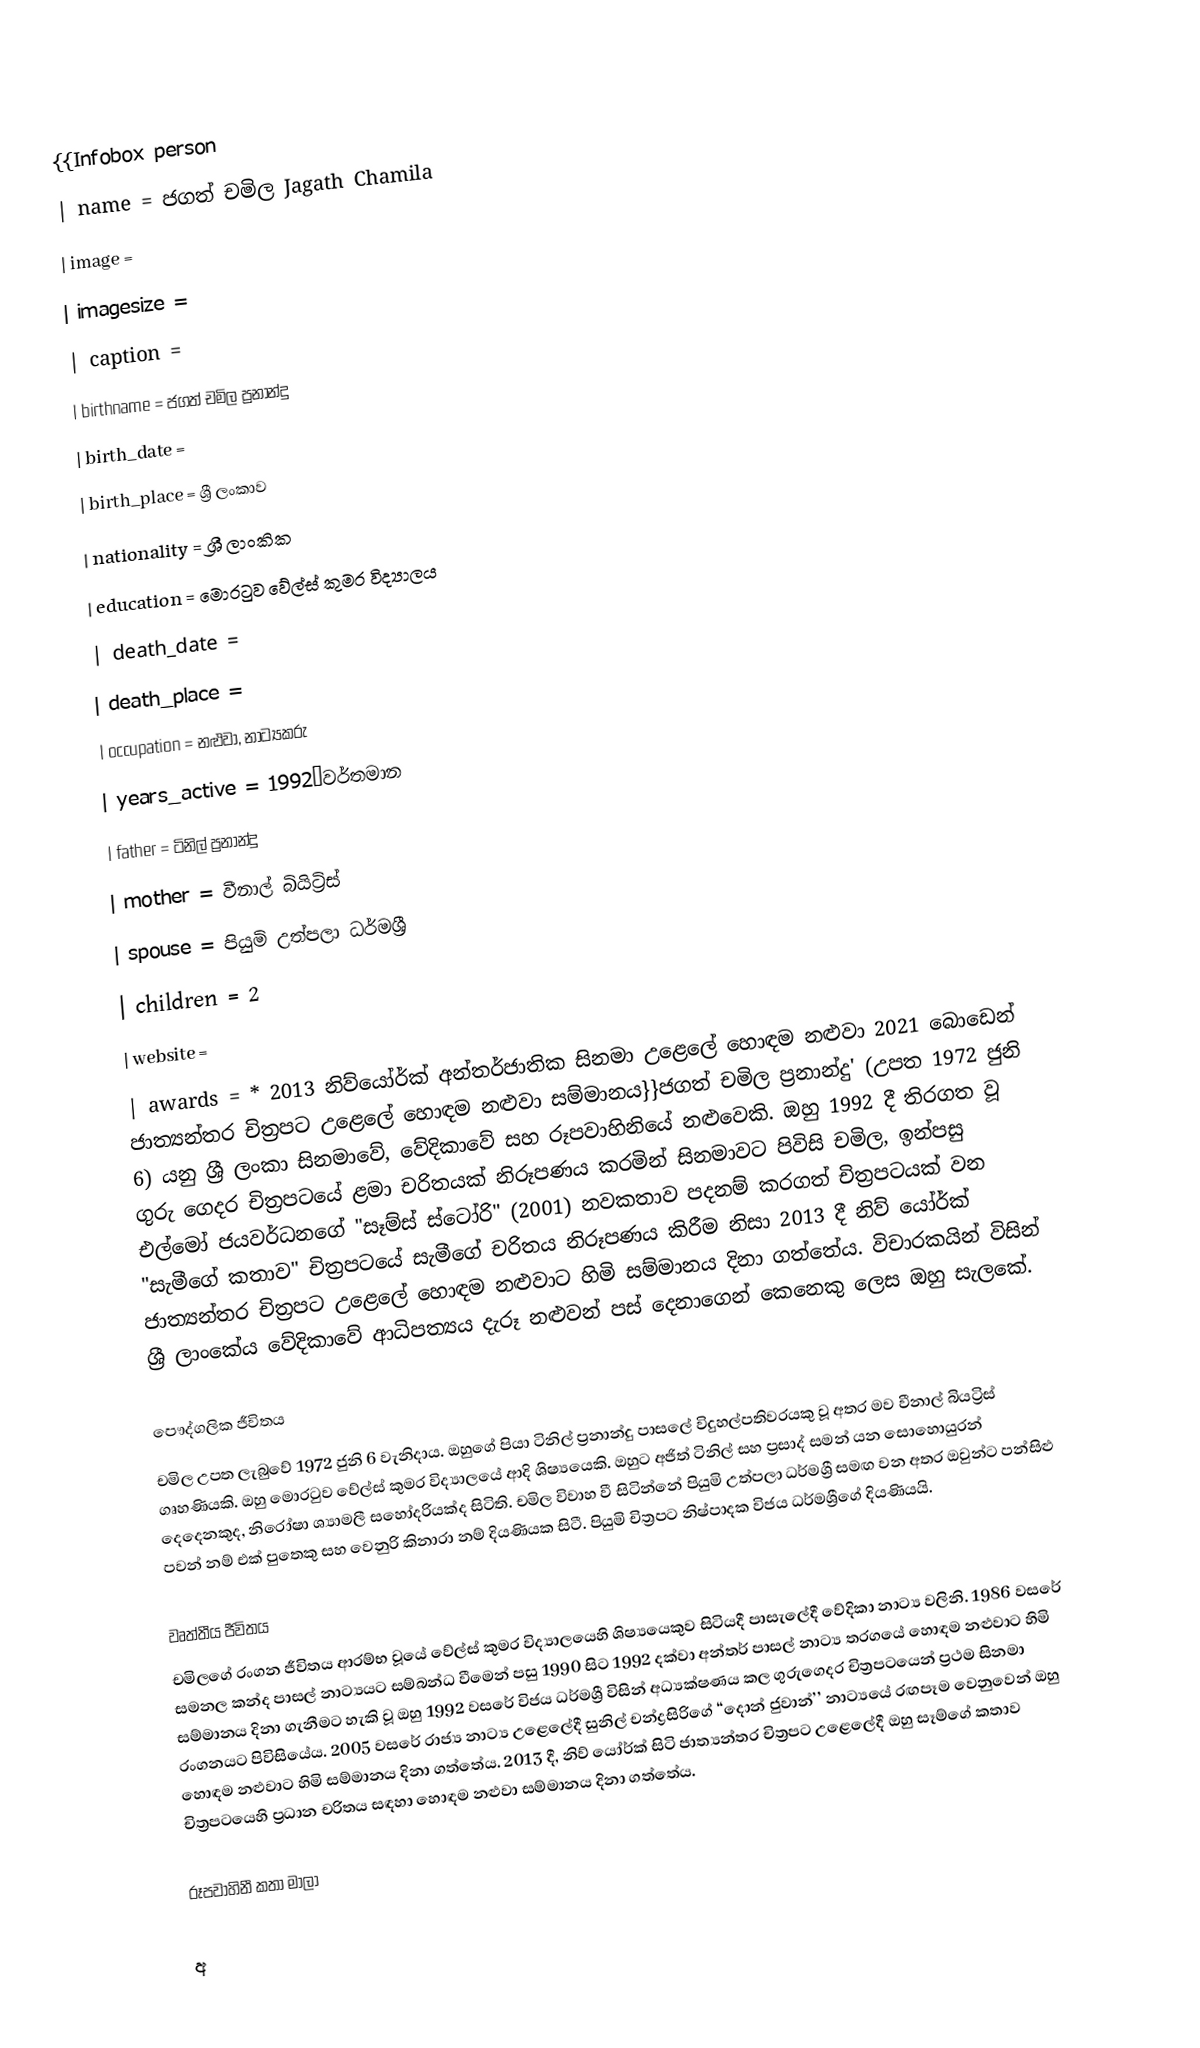
{{Infobox person
| name               = ජගත් චමිල  Jagath Chamila
| image              =
| imagesize          =
| caption            =
| birthname          = ජගත් චමිල ප්‍රනාන්දු
| birth_date         =
| birth_place        = ශ්‍රී ලංකාව
| nationality        = ශ්‍රී ලාංකික
| education          = මොරටුව වේල්ස් කුමර විද්‍යාලය
| death_date         =
| death_place        =
| occupation         = නළුවා, නාට්‍යකරු
| years_active       = 1992–වර්තමාන
| father             = ටිනිල් ප්‍රනාන්දු
| mother             = වීනාල් බියිට්‍රිස්
| spouse             = පියුමි උත්පලා ධර්මශ්‍රී
| children           = 2
| website            =
| awards             = * 2013 නිව්යෝර්ක් අන්තර්ජාතික සිනමා උළෙලේ හොඳම නළුවා  2021 බොඩෙන් ජාත්‍යන්තර චිත්‍රපට උළෙලේ හොඳම නළුවා සම්මානය}}ජගත් චමිල ප්‍රනාන්දු' (උපත 1972 ජුනි 6) යනු ශ්‍රී ලංකා සිනමාවේ, වේදිකාවේ සහ රූපවාහිනියේ නළුවෙකි. ඔහු 1992 දී තිරගත වූ ගුරු ගෙදර චිත්‍රපටයේ ළමා චරිතයක් නිරූපණය කරමින් සිනමාවට පිවිසි චමිල, ඉන්පසු එල්මෝ ජයවර්ධනගේ "සෑම්ස් ස්ටෝරි" (2001) නවකතාව පදනම් කරගත් චිත්‍රපටයක් වන "සැමීගේ කතාව" චිත්‍රපටයේ සැමීගේ චරිතය නිරූපණය කිරීම නිසා 2013 දී නිව් යෝර්ක් ජාත්‍යන්තර චිත්‍රපට උළෙලේ හොඳම නළුවාට හිමි සම්මානය දිනා ගත්තේය. විචාරකයින් විසින් ශ්‍රී ලාංකේය වේදිකාවේ ආධිපත්‍යය දැරූ නළුවන් පස් දෙනාගෙන් කෙනෙකු ලෙස ඔහු සැලකේ.

පෞද්ගලික ජීවිතය
චමිල උපත ලැබුවේ 1972 ජුනි 6 වැනිදාය. ඔහුගේ පියා ටිනිල් ප්‍රනාන්දු පාසලේ විදුහල්පතිවරයකු වූ අතර මව වීනාල් බියට්‍රිස් ගෘහණියකි. ඔහු මොරටුව වේල්ස් කුමර විද්‍යාලයේ ආදි ශිෂ්‍යයෙකි. ඔහුට අජිත් ටිනිල් සහ ප්‍රසාද් සමන් යන සොහොයුරන් දෙදෙනකුද, නිරෝෂා ශ්‍යාමලී සහෝදරියක්ද සිටිති. චමිල විවාහ වී සිටින්නේ පියුමි උත්පලා ධර්මශ්‍රී සමඟ වන අතර ඔවුන්ට පන්සිළු පවන් නම් එක් පුතෙකු සහ වෙනුරි කිනාරා නම් දියණියක සිටී. පියුමි චිත්‍රපට නිෂ්පාදක විජය ධර්මශ්‍රීගේ දියණියයි.

වෘත්තීය ජීවිතය
චමිලගේ රංගන ජීවිතය ආරම්භ වූයේ වේල්ස් කුමර විද්‍යාලයෙහි ශිෂ්‍යයෙකුව සිටියදී පාසැලේදී වේදිකා නාට්‍ය වලිනි. 1986 වසරේ සමනල කන්ද පාසල් නාට්‍යයට සම්බන්ධ වීමෙන් පසු 1990 සිට 1992 දක්වා අන්තර් පාසල් නාට්‍ය තරගයේ හොඳම නළුවාට හිමි සම්මානය දිනා ගැනීමට හැකි වූ ඔහු 1992 වසරේ විජය ධර්මශ්‍රී විසින් අධ්‍යක්ෂණය  කල ගුරුගෙදර චිත්‍රපටයෙන් ප්‍රථම සිනමා රංගනයට පිවිසියේය. 2005 වසරේ රාජ්‍ය නාට්‍ය උළෙලේදී සුනිල් චන්ද්‍රසිරිගේ ‘‘දොන් ජුවාන්’’ නාට්‍යයේ රඟපෑම වෙනුවෙන් ඔහු හොඳම නළුවාට හිමි සම්මානය දිනා ගත්තේය. 2013 දී, නිව් යෝර්ක් සිටි ජාත්‍යන්තර චිත්‍රපට උළෙලේදී ඔහු සෑම්ගේ කතාව චිත්‍රපටයෙහි ප්‍රධාන චරිතය සඳහා හොඳම නළුවා සම්මානය දිනා ගත්තේය.

රූපවාහිනී කතා මාලා

 අ